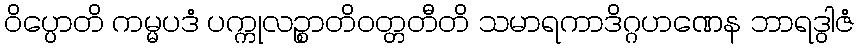
ဝိပ္ပောတိ ကမ္မပဒံ ပက္ကုလဉ္စာတိဝတ္တတီတိ သမာရကာဒိဂ္ဂဟဏေန ဘာရဒွါဇံ